Jaan_Tonisson_(Lasteleht), lk 272
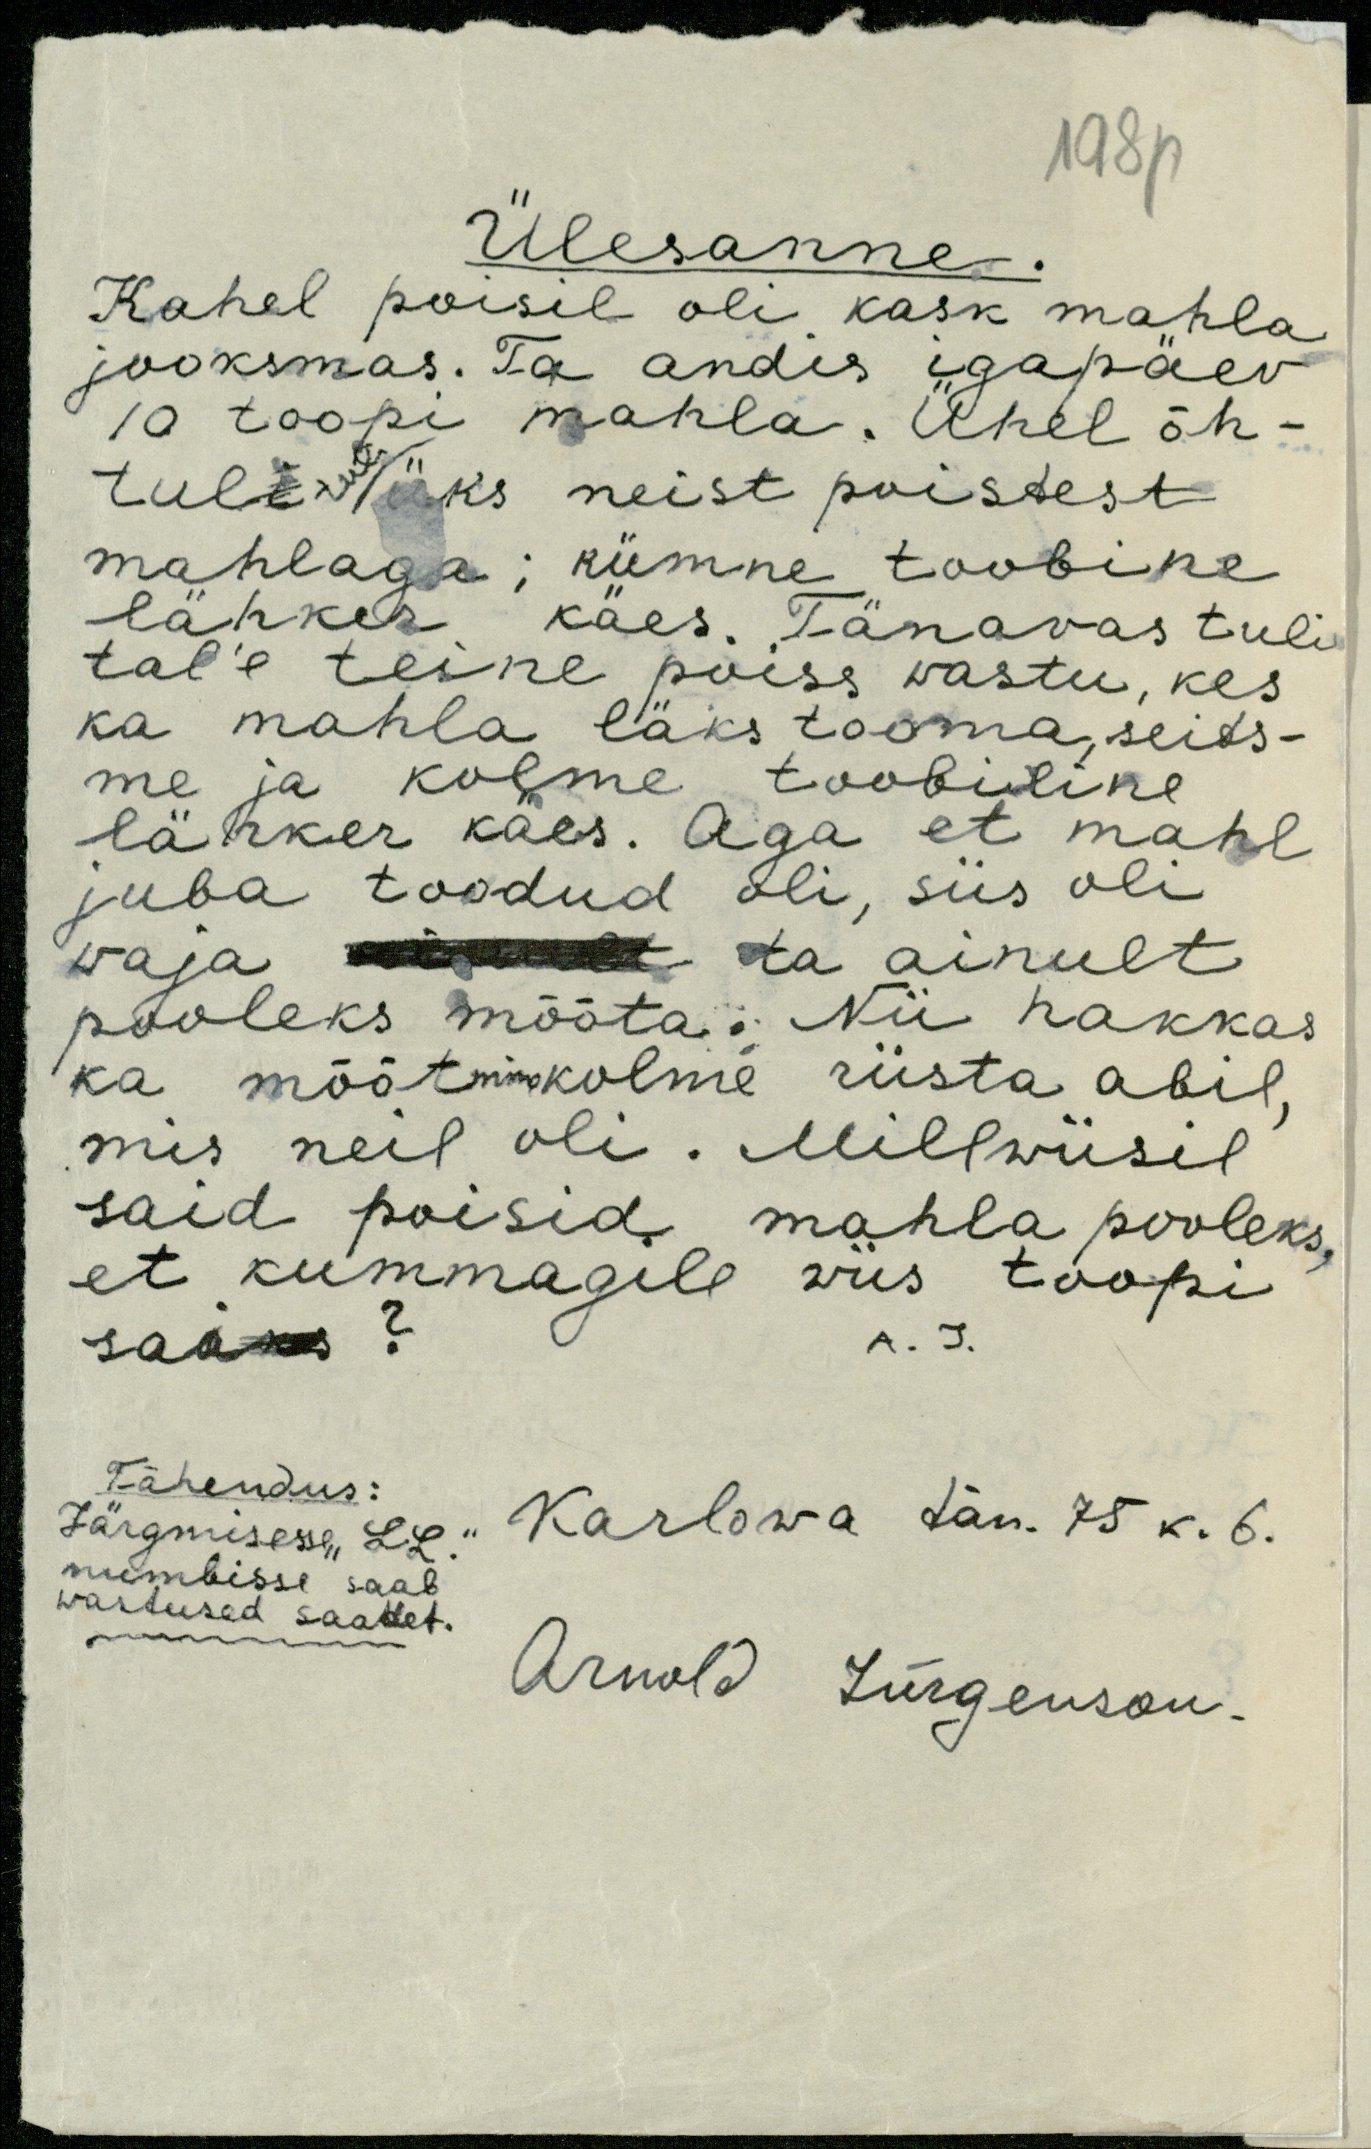
198p

Ülesanne.
Kahel poisil oli kask mahla
jooksmas. Ta andis igapäev
10 toopi mahla. Ühel õh-
tule tuli üks neist poistest
mahlaga; kümne toobine
lähker käes. Tänavas tuli
tal'e teine poiss wastu, kes
ka mahla läks tooma, seits-
me ja kolme toobiline
lähker käes. Aga et mahl
juba toodud oli, siis oli
vaja ainult ta ainult
pooleks mõõta. Nii hakkas
ka mõõtmine kolme riista abil,
mis neil oli. Millwiisil
said poisid mahla pooleks,
et kummagile viis toopi
saaks?
A. J.
Tähendus:
Karlowa tän. 75 k. 6.
Järgmisesse "LL."
numbisse saab.
wastused saadet.
Arnold Jürgenson.